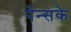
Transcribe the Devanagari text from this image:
पेन्सके